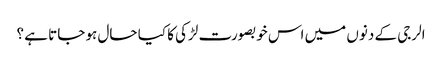
الرجی کے دنوں میں اس خوبصورت لڑکی کا کیا حال ہو جاتا ہے ؟